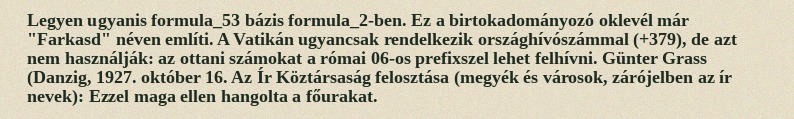
Legyen ugyanis formula_53 bázis formula_2-ben. Ez a birtokadományozó oklevél már "Farkasd" néven említi. A Vatikán ugyancsak rendelkezik országhívószámmal (+379), de azt nem használják: az ottani számokat a római 06-os prefixszel lehet felhívni. Günter Grass (Danzig, 1927. október 16. Az Ír Köztársaság felosztása (megyék és városok, zárójelben az ír nevek): Ezzel maga ellen hangolta a főurakat.